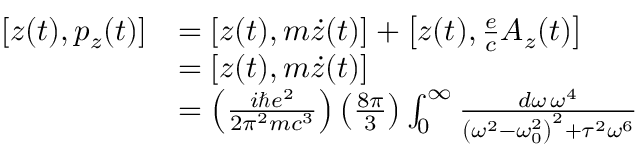
{ \begin{array} { r l } { [ z ( t ) , p _ { z } ( t ) ] } & { = \left[ z ( t ) , m { \dot { z } } ( t ) \right] + \left[ z ( t ) , { \frac { e } { c } } A _ { z } ( t ) \right] } \\ & { = \left[ z ( t ) , m { \dot { z } } ( t ) \right] } \\ & { = \left( { \frac { i \hbar e ^ { 2 } } { 2 \pi ^ { 2 } m c ^ { 3 } } } \right) \left( { \frac { 8 \pi } { 3 } } \right) \int _ { 0 } ^ { \infty } { \frac { d \omega \, \omega ^ { 4 } } { \left( \omega ^ { 2 } - \omega _ { 0 } ^ { 2 } \right) ^ { 2 } + \tau ^ { 2 } \omega ^ { 6 } } } } \end{array} }